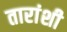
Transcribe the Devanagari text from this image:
तारांशी